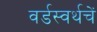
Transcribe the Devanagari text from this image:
वर्डस्वर्थचें